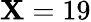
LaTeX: \mathbf{X}=19